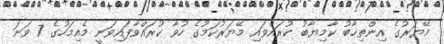
މޭޔަރުގެ އިންތިޚާބު ކާމިޔާބު ކުރައްވައި މޭޔަރުކަމުގެ ހުވާ ކުރައްވާފައިވަނީ މެއިމަހުގެ 7 ވަނަ